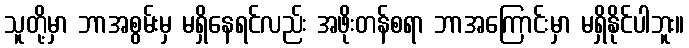
သူတို့မှာ ဘာအစွမ်းမှ မရှိနေရင်လည်း အဖိုးတန်စရာ ဘာအကြောင်းမှာ မရှိနိုင်ပါဘူး။